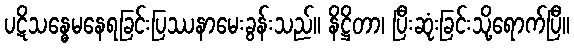
ပဋိသန္ဓေမနေရခြင်းပြဿနာမေးခွန်းသည်။ နိဋ္ဌိတာ၊ ပြီးဆုံးခြင်းသို့ရောက်ပြီ။